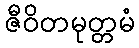
ဇီဝိတမုတ္တမံ